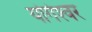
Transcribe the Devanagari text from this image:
योगेश्‍वर